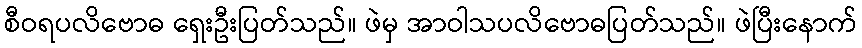
စီဝရပလိဗောဓ ရှေးဦးပြတ်သည်။ ဖဲမှ အာဝါသပလိဗောဓပြတ်သည်။ ဖဲပြီးနောက်